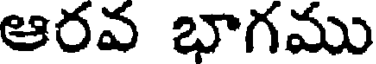
ఆరవ భాగము